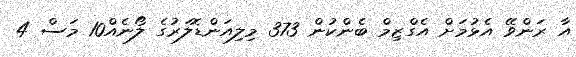
އާ ރަންވޭ އެޅުމަށް އެގްޒިމް ބެންކުން 373 މިލިއަންޑޮލަރުގެ ލޯނެއް10 މަސް 4